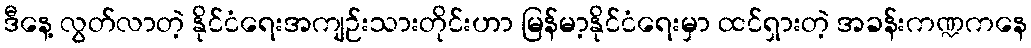
ဒီနေ့ လွတ်လာတဲ့ နိုင်ငံရေးအကျဉ်းသားတိုင်းဟာ မြန်မာ့နိုင်ငံရေးမှာ ထင်ရှားတဲ့ အခန်းကဏ္ဍကနေ